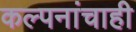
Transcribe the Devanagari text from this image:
कल्पनांचाही